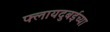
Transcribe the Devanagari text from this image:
फ्लायदुबईच्या